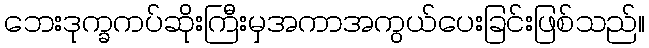
ဘေးဒုက္ခကပ်ဆိုးကြီးမှအကာအကွယ်ပေးခြင်းဖြစ်သည်။